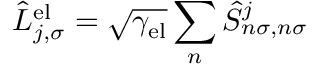
\hat { L } _ { j , \sigma } ^ { \mathrm { e l } } = \sqrt { \gamma _ { \mathrm { e l } } } \sum _ { n } \hat { S } _ { n \sigma , n \sigma } ^ { j }